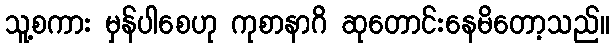
သူ့စကား မှန်ပါစေဟု ကုစာနာဂိ ဆုတောင်းနေမိတော့သည်။